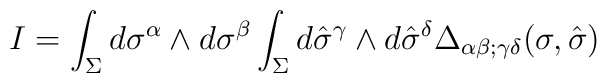
I = \int_\Sigma d \sigma^\alpha \wedge d \sigma^\beta \int_\Sigma d \hat{\sigma}^\gamma \wedge d \hat{\sigma}^\delta \Delta_{\alpha \beta; \gamma \delta} (\sigma, \hat{\sigma})